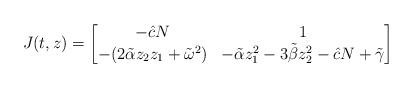
LaTeX: \begin{align*}J(t,z) = \begin{bmatrix}-\hat{c}N & 1 \\-(2\tilde{\alpha}z_2z_1+\tilde{\omega}^2) & -\tilde{\alpha}z_1^2-3\tilde{\beta}z_2^2-\hat{c}N+\tilde{\gamma}\end{bmatrix}\end{align*}